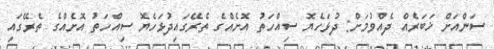
ސަންއަށް ޚަބަރެއް ދެއްވުމަށް: ދުޅަހެޔޮ ސިއްހަތު އޮށެއްގެ ތެރޭގައިދުޅަހެޔޮ ސިއްހަތު އޮށެއްގެ ތެރޭގައި